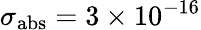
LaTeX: \sigma_{\mathrm{abs}}=3\times 10^{-16}